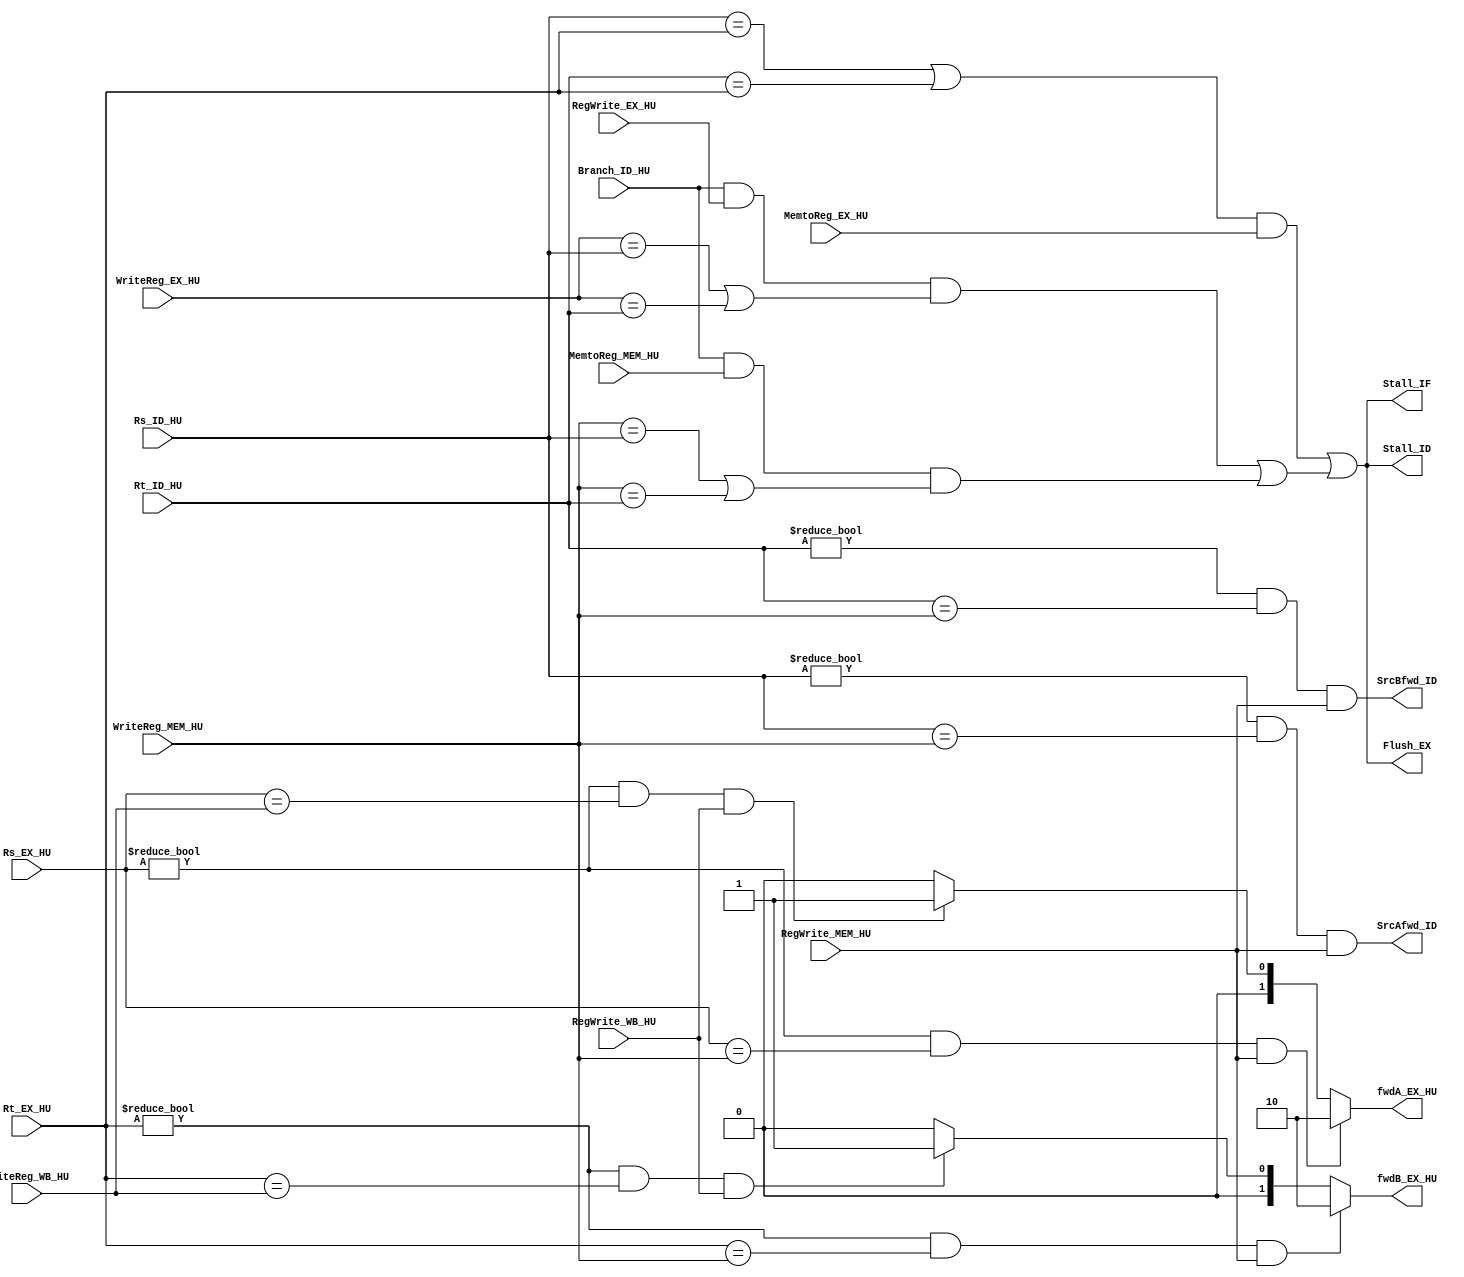
module hazard_unit (
  input      [4:0] Rs_EX_HU, Rt_EX_HU, Rs_ID_HU, Rt_ID_HU, WriteReg_MEM_HU, WriteReg_WB_HU, WriteReg_EX_HU,
  input            RegWrite_MEM_HU, RegWrite_WB_HU, MemtoReg_EX_HU, RegWrite_EX_HU, MemtoReg_MEM_HU, Branch_ID_HU,
  output reg [1:0] fwdA_EX_HU, fwdB_EX_HU,
  output wire      Stall_IF, Stall_ID, Flush_EX, SrcAfwd_ID, SrcBfwd_ID
);

// declarations
wire lwStall, brStall, Stall, temp1, temp2;

// alu src a forwarding mux
always @(*) begin
  if ((Rs_EX_HU != 5'b0) && (Rs_EX_HU == WriteReg_MEM_HU) && RegWrite_MEM_HU)
    fwdA_EX_HU = 2'b10;
  else if ((Rs_EX_HU != 5'b0) && (Rs_EX_HU == WriteReg_WB_HU) && RegWrite_WB_HU)
    fwdA_EX_HU = 2'b01;
  else
    fwdA_EX_HU = 2'b00;
end

// alu src b forwarding mux
always @(*) begin
  if ((Rt_EX_HU != 5'b0) && (Rt_EX_HU == WriteReg_MEM_HU) && RegWrite_MEM_HU)
    fwdB_EX_HU = 2'b10;
  else if ((Rt_EX_HU != 5'b0) && (Rt_EX_HU == WriteReg_WB_HU) && RegWrite_WB_HU)
    fwdB_EX_HU = 2'b01;
  else
    fwdB_EX_HU = 2'b00;
end

// lw stall
// check isntr in ex and decode stage. stall IF and ID stage, flush EX stage
assign lwStall = ((Rs_ID_HU == Rt_EX_HU) || (Rt_ID_HU == Rt_EX_HU)) && MemtoReg_EX_HU;

// beq control hazard
assign SrcAfwd_ID = (Rs_ID_HU != 5'b0) && (Rs_ID_HU == WriteReg_MEM_HU) && RegWrite_MEM_HU;
assign SrcBfwd_ID = (Rt_ID_HU != 5'b0) && (Rt_ID_HU == WriteReg_MEM_HU) && RegWrite_MEM_HU;

assign temp1 = Branch_ID_HU && RegWrite_EX_HU && ((WriteReg_EX_HU == Rs_ID_HU) || (WriteReg_EX_HU == Rt_ID_HU));
assign temp2 = Branch_ID_HU && MemtoReg_MEM_HU && ((WriteReg_MEM_HU == Rs_ID_HU) || (WriteReg_MEM_HU == Rt_ID_HU));
assign brStall = temp1 || temp2;

assign Stall = lwStall || brStall;
assign {Stall_IF, Stall_ID, Flush_EX} = {3{Stall}};

endmodule